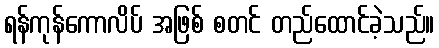
ရန်ကုန်ကောလိပ် အဖြစ် စတင် တည်ထောင်ခဲ့သည်။